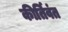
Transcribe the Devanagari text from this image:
कीर्तिवंत